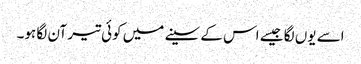
اسے یوں لگا جیسے اس کے سینے میں کوئی تیر آن لگا ہو۔